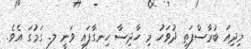
މިދިއަ ބުރާސްފަތި ދުވަހު މި ހާދިސާ ހިނގާފައި ވަނީ ލ. ގަމުގަ އެވެ.